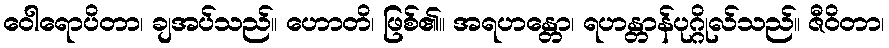
ဝေါရောပိတာ၊ ချအပ်သည်။ ဟောတိ၊ ဖြစ်၏။ အရဟန္တော၊ ရဟန္တာန်ပုဂ္ဂိုလ်သည်။ ဇီဝိတာ၊